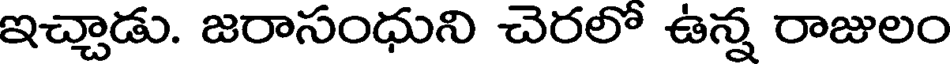
ఇచ్చాడు. జరాసంధుని చెరలో ఉన్న రాజులం